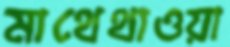
মাথেথাওয়া